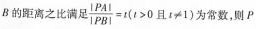
B的距离之比满足 $$\frac { | P A | } { | P B | } = t$$($$t > 0$$ 且 $$t ≠ 1$$)为常数，则P